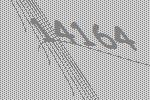
14164